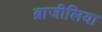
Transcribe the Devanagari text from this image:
ब्राजीलिया